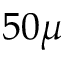
5 0 \mu